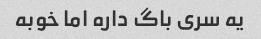
یه سری باگ داره اما خوبه